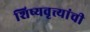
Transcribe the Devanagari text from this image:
शिष्यवृत्त्यांची